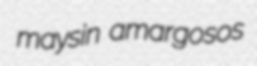
maysin amargosos